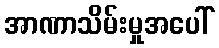
အာဏာသိမ်းမှုအပေါ်